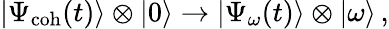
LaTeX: |\Psi_{\mathrm{coh}}(t)\rangle\otimes|0\rangle\rightarrow|\Psi_{\omega}(t)\rangle\otimes|\omega\rangle\, ,